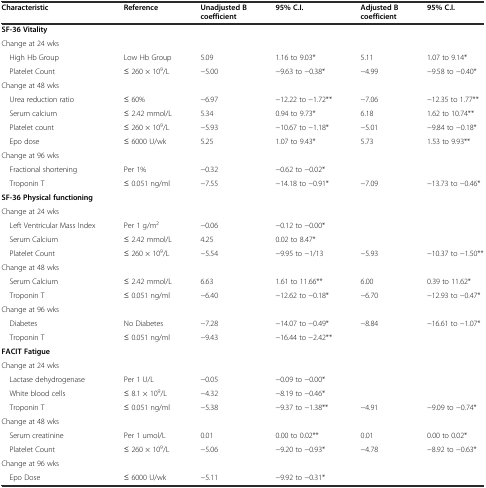
<table><thead><tr><td><b>Characteristic</b></td><td><b>Reference</b></td><td><b>Unadjusted B coefficient</b></td><td><b>95% C.I.</b></td><td><b>Adjusted B coefficient</b></td><td><b>95% C.I.</b></td></tr></thead><tbody><tr><td colspan="6"><b>SF-36 Vitality</b></td></tr><tr><td>Change at 24 wks</td><td></td><td></td><td></td><td></td><td></td></tr><tr><td> High Hb Group</td><td>Low Hb Group</td><td>5.09</td><td>1.16 to 9.03*</td><td>5.11</td><td>1.07 to 9.14*</td></tr><tr><td> Platelet Count</td><td>≤ 260 × 10<sup>9</sup>/L</td><td>-5.00</td><td>-9.63 to -0.38*</td><td>-4.99</td><td>-9.58 to -0.40*</td></tr><tr><td>Change at 48 wks</td><td></td><td></td><td></td><td></td><td></td></tr><tr><td> Urea reduction ratio</td><td>≤ 60%</td><td>-6.97</td><td>-12.22 to -1.72**</td><td>-7.06</td><td>-12.35 to 1.77**</td></tr><tr><td> Serum calcium</td><td>≤ 2.42 mmol/L</td><td>5.34</td><td>0.94 to 9.73*</td><td>6.18</td><td>1.62 to 10.74**</td></tr><tr><td> Platelet count</td><td>≤ 260 × 10<sup>9</sup>/L</td><td>-5.93</td><td>-10.67 to -1.18*</td><td>-5.01</td><td>-9.84 to -0.18*</td></tr><tr><td> Epo dose</td><td>≤ 6000 U/wk</td><td>5.25</td><td>1.07 to 9.43*</td><td>5.73</td><td>1.53 to 9.93**</td></tr><tr><td>Change at 96 wks</td><td></td><td></td><td></td><td></td><td></td></tr><tr><td> Fractional shortening</td><td>Per 1%</td><td>-0.32</td><td>-0.62 to -0.02*</td><td></td><td></td></tr><tr><td> Troponin T</td><td>≤ 0.051 ng/ml</td><td>-7.55</td><td>-14.18 to -0.91*</td><td>-7.09</td><td>-13.73 to -0.46*</td></tr><tr><td colspan="6"><b>SF-36 Physical functioning</b></td></tr><tr><td>Change at 24 wks</td><td></td><td></td><td></td><td></td><td></td></tr><tr><td> Left Ventricular Mass Index</td><td>Per 1 g/m<sup>2</sup></td><td>-0.06</td><td>-0.12 to -0.00*</td><td></td><td></td></tr><tr><td> Serum Calcium</td><td>≤ 2.42 mmol/L</td><td>4.25</td><td>0.02 to 8.47*</td><td></td><td></td></tr><tr><td> Platelet Count</td><td>≤ 260 × 10<sup>9</sup>/L</td><td>-5.54</td><td>-9.95 to -1/13</td><td>-5.93</td><td>-10.37 to -1.50**</td></tr><tr><td>Change at 48 wks</td><td></td><td></td><td></td><td></td><td></td></tr><tr><td> Serum Calcium</td><td>≤ 2.42 mmol/L</td><td>6.63</td><td>1.61 to 11.66**</td><td>6.00</td><td>0.39 to 11.62*</td></tr><tr><td> Troponin T</td><td>≤ 0.051 ng/ml</td><td>-6.40</td><td>-12.62 to -0.18*</td><td>-6.70</td><td>-12.93 to -0.47*</td></tr><tr><td>Change at 96 wks</td><td></td><td></td><td></td><td></td><td></td></tr><tr><td> Diabetes</td><td>No Diabetes</td><td>-7.28</td><td>-14.07 to -0.49*</td><td>-8.84</td><td>-16.61 to -1.07*</td></tr><tr><td> Troponin T</td><td>≤ 0.051 ng/ml</td><td>-9.43</td><td>-16.44 to -2.42**</td><td></td><td></td></tr><tr><td><b>FACIT Fatigue</b></td><td></td><td></td><td></td><td></td><td></td></tr><tr><td>Change at 24 wks</td><td></td><td></td><td></td><td></td><td></td></tr><tr><td> Lactase dehydrogenase</td><td>Per 1 U/L</td><td>-0.05</td><td>-0.09 to -0.00*</td><td></td><td></td></tr><tr><td> White blood cells</td><td>≤ 8.1 × 10<sup>9</sup>/L</td><td>-4.32</td><td>-8.19 to -0.46*</td><td></td><td></td></tr><tr><td> Troponin T</td><td>≤ 0.051 ng/ml</td><td>-5.38</td><td>-9.37 to -1.38**</td><td>-4.91</td><td>-9.09 to -0.74*</td></tr><tr><td>Change at 48 wks</td><td></td><td></td><td></td><td></td><td></td></tr><tr><td> Serum creatinine</td><td>Per 1 umol/L</td><td>0.01</td><td>0.00 to 0.02**</td><td>0.01</td><td>0.00 to 0.02*</td></tr><tr><td> Platelet Count</td><td>≤ 260 × 10<sup>9</sup>/L</td><td>-5.06</td><td>-9.20 to -0.93*</td><td>-4.78</td><td>-8.92 to -0.63*</td></tr><tr><td>Change at 96 wks</td><td></td><td></td><td></td><td></td><td></td></tr><tr><td> Epo Dose</td><td>≤ 6000 U/wk</td><td>-5.11</td><td>-9.92 to -0.31*</td><td></td><td></td></tr></tbody></table>